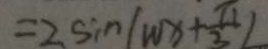
= 2 \sin ( w x + \frac { \pi } { 3 } )